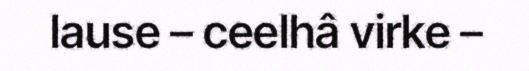
lause – ceelhâ virke –